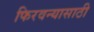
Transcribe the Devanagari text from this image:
फिरवन्यासाठी